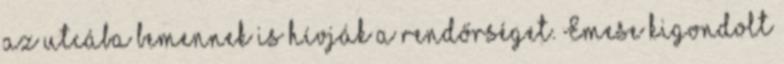
az utcába bemennek is hívják a rendőrséget. Emese kigondolt